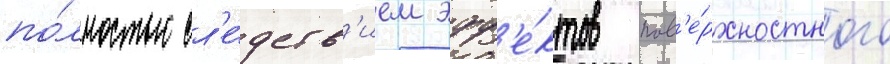
по́лностью сл'е́дств'ием эфф'е́ктов пов'е́рхностного